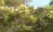
વરૂની